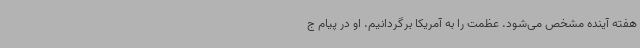
هفته آینده مشخص می‌شود. عظمت را به آمریکا برگردانیم. او در پیام ج